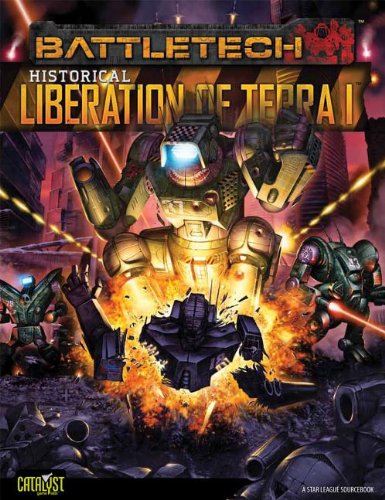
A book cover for Battletech Historical Liberation of Terr; Catalyst Game Labs; Science Fiction & Fantasy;